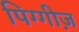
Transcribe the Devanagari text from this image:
पिग्गीज़